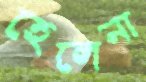
হেলেনা